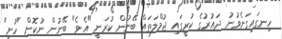
ހިނގައިގަނެވުނު ދައުރުގެ ކުރީގައި ޖުމްލަތައް ބޭނުން ކުރަނީ "އެވެ" ބޭނުން ނުކޮށް "ހުށި"